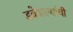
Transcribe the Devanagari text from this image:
डबेवाल्यांची